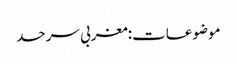
موضوعات:مغربی سرحد